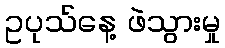
ဥပုသ်နေ့ ဖဲသွားမှု